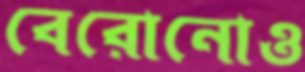
বেরোনোও